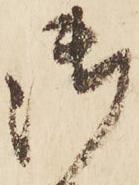
御